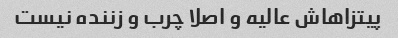
پیتزاهاش عالیه و اصلا چرب و زننده نیست